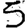
Digit: 5